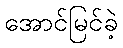
အောင်မြင်ခဲ့